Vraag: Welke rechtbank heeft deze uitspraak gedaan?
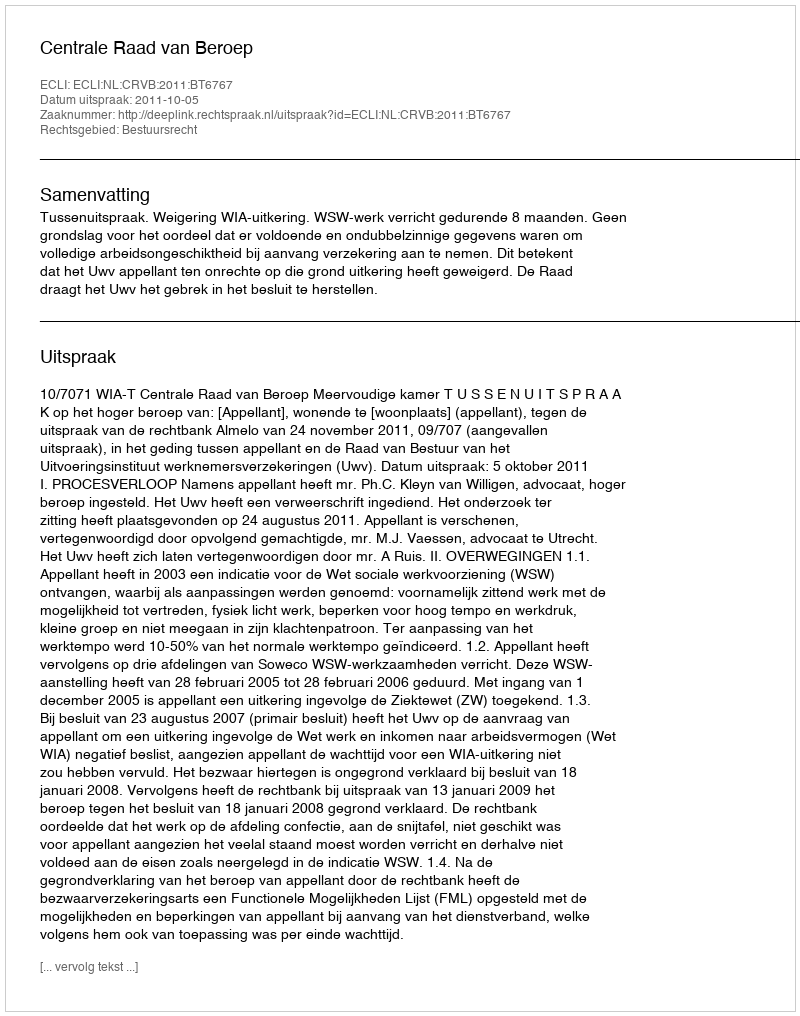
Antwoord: Centrale Raad van Beroep